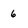
Character: 6